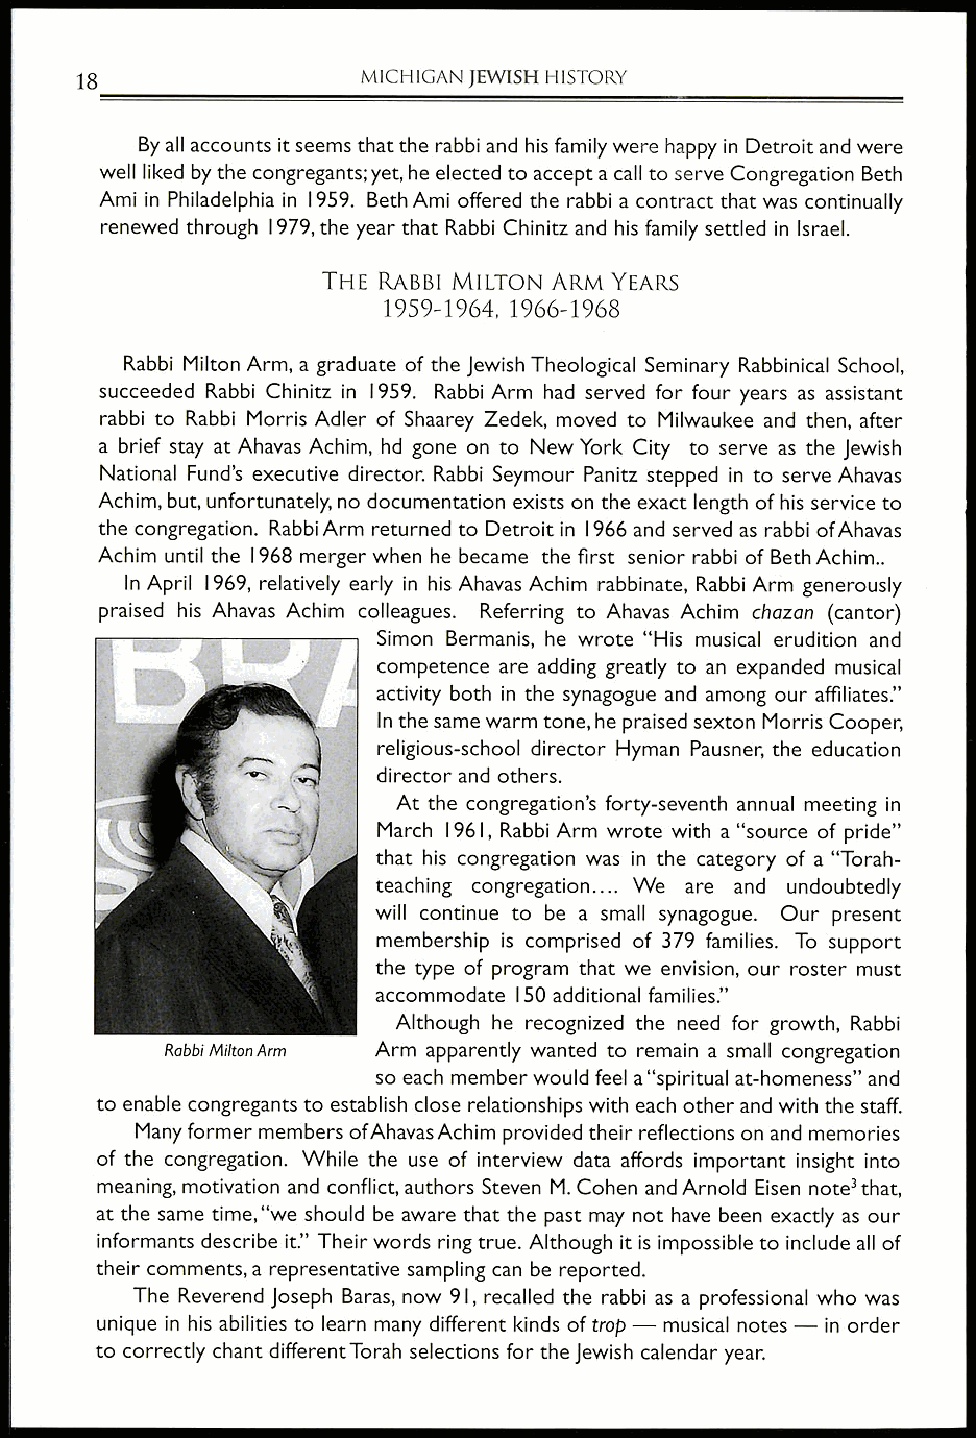
18                 MICHIGAN JEWISH HISTORY
 By all accounts it seems that the rabbi and his family were happy in Detroit and were
 well liked by the congregants; yet, he elected to accept a call to serve Congregation Beth
 Ami in Philadelphia in 1959. Beth Ami offered the rabbi a contract that was continually
 renewed through 1979, the year that Rabbi Chinitz and his family settled in Israel.
 THE RABBI MILTON ARM YEARS
 1959-1964, 1966-1968
 Rabbi Milton Arm, a graduate of the Jewish Theological Seminary Rabbinical School,
 succeeded Rabbi Chinitz in 1959. Rabbi Arm had served for four years as assistant
 rabbi to Rabbi Morris Adler of Shaarey Zedek, moved to Milwaukee and then, after
 a brief stay at Ahavas Achim, hd gone on to New York City to serve as the Jewish
 National Fund's executive director. Rabbi Seymour Panitz stepped in to serve Ahavas
 Achim, but, unfortunately, no documentation exists on the exact length of his service to
 the congregation. Rabbi Arm returned to Detroit in 1966 and served as rabbi of Ahavas
 Achim until the 1968 merger when he became the first senior rabbi of Beth Achim..
 In April 1969, relatively early in his Ahavas Achim rabbinate, Rabbi Arm generously
 praised his Ahavas Achim colleagues. Referring to Ahavas Achim chazan (cantor)
 Simon Bermanis, he wrote "His musical erudition and
 competence are adding greatly to an expanded musical
 activity both in the synagogue and among our affiliates."
 In the same warm tone, he praised sexton Morris Cooper,
 religious-school director Hyman Pausner, the education
 director and others.
 At the congregation's forty-seventh annual meeting in
 March 1961, Rabbi Arm wrote with a "source of pride"
 that his congregation was in the category of a "Torah-
 teaching congregation.... We are and undoubtedly
 will continue to be a small synagogue. Our present
 membership is comprised of 379 families. To support
 the type of program that we envision, our roster must
 accommodate 150 additional families."
 Although he recognized the need for growth, Rabbi
 Rabbi Milton Arm Arm apparently wanted to remain a small congregation
 so each member would feel a "spiritual at-homeness" and
 to enable congregants to establish close relationships with each other and with the staff.
 Many former members ofAhavas Achim provided their reflections on and memories
 of the congregation. While the use of interview data affords important insight into
 meaning, motivation and conflict, authors Steven M. Cohen and Arnold Eisen note 3 that,
 at the same time, "we should be aware that the past may not have been exactly as our
 informants describe it." Their words ring true. Although it is impossible to include all of
 their comments, a representative sampling can be reported.
 The Reverend Joseph Baras, now 91, recalled the rabbi as a professional who was
 unique in his abilities to learn many different kinds of trop — musical notes — in order
 to correctly chant different Torah selections for the Jewish calendar year.